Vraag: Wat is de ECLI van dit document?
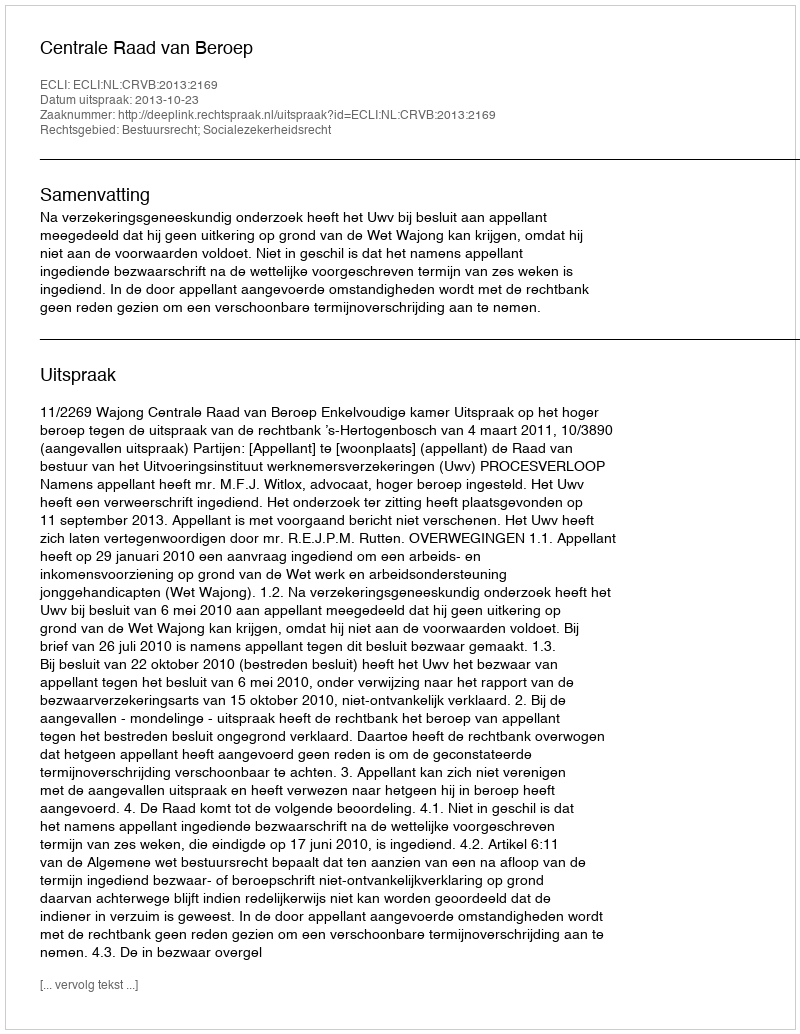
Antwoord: ECLI:NL:CRVB:2013:2169